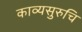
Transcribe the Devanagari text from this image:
काव्यसुरुचि